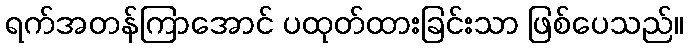
ရက်အတန်ကြာအောင် ပထုတ်ထားခြင်းသာ ဖြစ်ပေသည်။